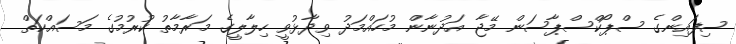
ސިފައިންގެ ސްޕޯކްސްޕާސަން މޭޖާ އަދުނާން މުހައްމަދު ވިދާޅުވީ ހިލާލީގެ މަރާމާތު ކުރުމުގެ މަސައްކަތް